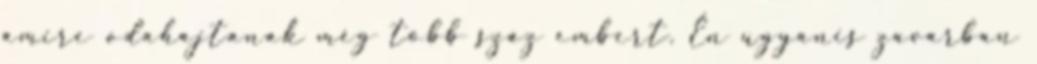
amire odahajtanak még több száz embert. Én ugyanis zavarban